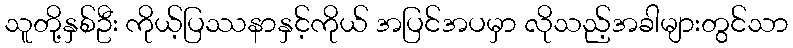
သူတို့နှစ်ဦး ကိုယ့်ပြဿနာနှင့်ကိုယ် အပြင်အပမှာ လိုသည့်အခါများတွင်သာ